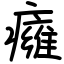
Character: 癕